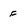
Character: F